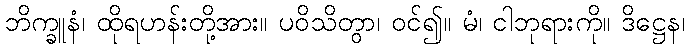
ဘိက္ခူနံ၊ ထိုရဟန်းတို့အား။ ပဝိသိတွာ၊ ဝင်၍။ မံ၊ ငါဘုရားကို။ ဒိဋ္ဌေန၊